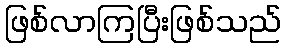
ဖြစ်လာကြပြီးဖြစ်သည်